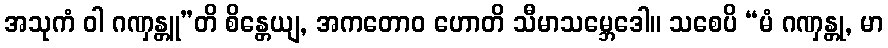
အသုကံ ဝါ ဂဏှန္တူ”တိ စိန္တေယျ, အကတောဝ ဟောတိ သီမာသမ္ဘေဒေါ။ သစေပိ “မံ ဂဏှန္တု, မာ